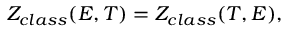
Z _ { c l a s s } ( E , T ) = Z _ { c l a s s } ( T , E ) ,